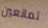
تمانعين